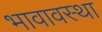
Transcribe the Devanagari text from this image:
भावावस्था